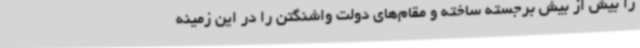
را بیش از بیش برجسته ساخته و مقام‌های دولت واشنگتن را در این زمینه